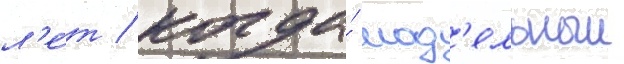
л'е́т / когда́ мод'ельныи